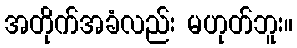
အတိုက်အခံလည်း မဟုတ်ဘူး။